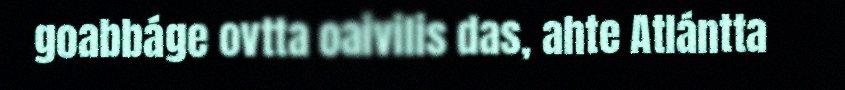
goabbáge ovtta oaivilis das, ahte Atlántta